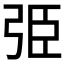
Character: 弫